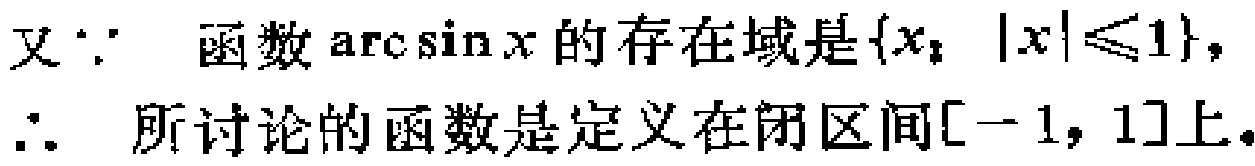
又\(\because\) 函数\(\arcsin x\)的存在域是\(\{x\mid |x|\leqslant 1\}\)，
\(\therefore\) 所讨论的函数是定义在闭区间\([-1, 1]\)上。